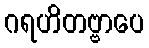
ဂရဟိတဗ္ဗာပေ